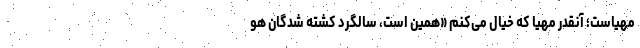
مهیاست؛ آنقدر مهیا که خیال می‌کنم «همین است، سالگرد کشته شدگان هو